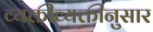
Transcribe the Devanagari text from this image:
व्यक्तीव्यक्तीनुसार